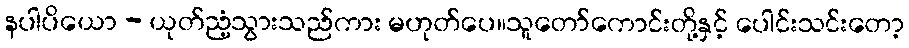
နပါပိယော - ယုတ်ညံ့သွားသည်ကား မဟုတ်ပေ။သူတော်ကောင်းတို့နှင့် ပေါင်းသင်းတော့